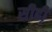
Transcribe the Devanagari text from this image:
सीढी़